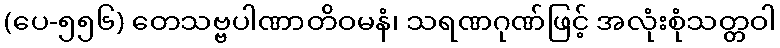
(ပေ-၅၅၆) တေသဗ္ဗပါဏာတိဝမနံ၊ သရဏဂုဏ်ဖြင့် အလုံးစုံသတ္တဝါ